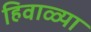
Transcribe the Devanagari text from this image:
हिवाळ्या